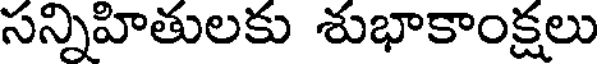
సన్నిహితులకు శుభాకాంక్షలు